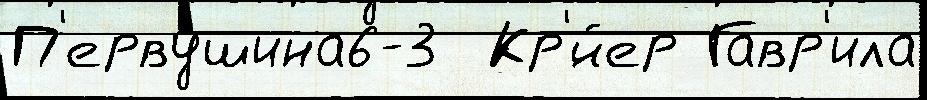
П'ервушина6-3  Кр'́йер Гавр'ила